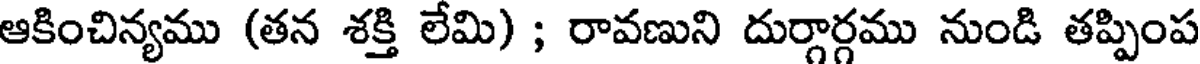
ఆకించిన్యము (తన శక్తి లేమి) ; రావణుని దుర్గార్గము నుండి తప్పింప